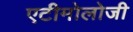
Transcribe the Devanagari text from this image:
एटीमोलोजी